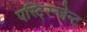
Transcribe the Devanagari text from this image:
एस्टि्रन्जेन्ट